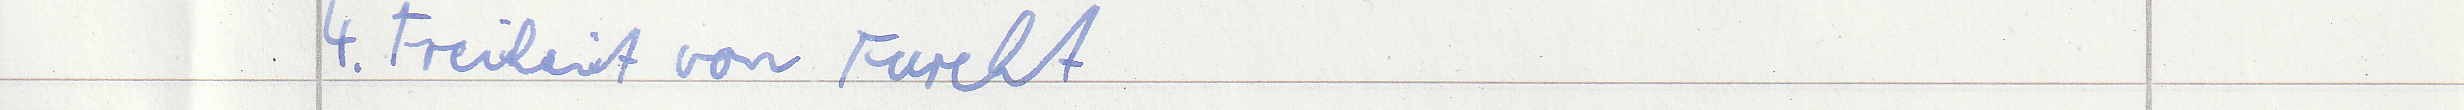
4. Freiheit von Furcht